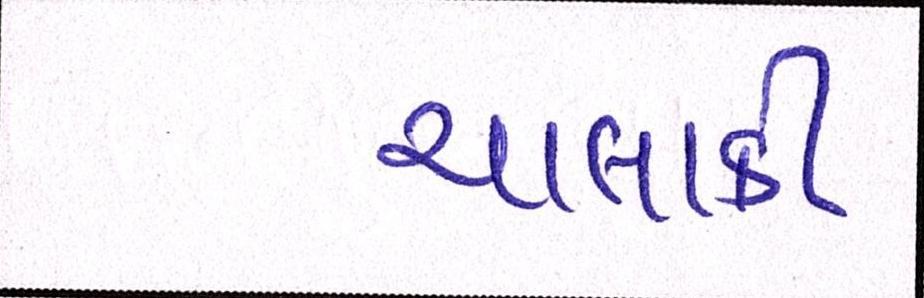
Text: ચાલાકી